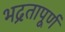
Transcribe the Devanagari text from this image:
भद्रतापूर्ण